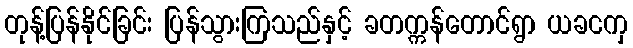
တုန့်ပြန်နိုင်ခြင်း ပြန်သွားကြသည်နှင့် ခတက္ကန်တောင်ရွာ ယခငကှ